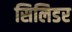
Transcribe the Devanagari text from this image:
सिलिडर